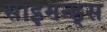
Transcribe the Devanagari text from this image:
साइमन्ड्स